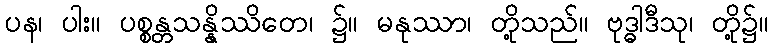
ပန၊ ပါး။ ပစ္စန္တသန္နိဿိတေ၊ ၌။ မနုဿာ၊ တို့သည်။ ဗုဒ္ဓါဒီသု၊ တို့၌။